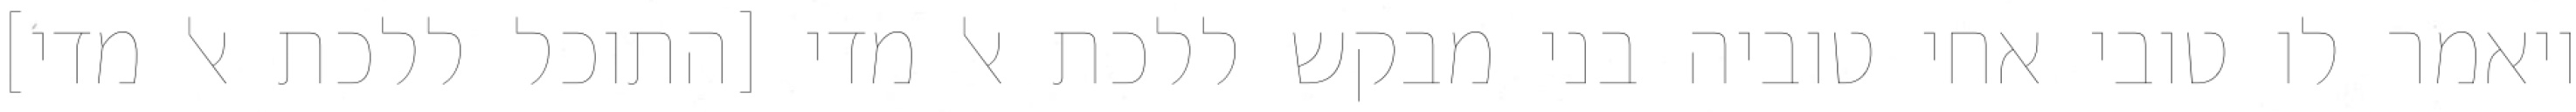
ויאמר לו טובי אחי טוביה בני מבקש ללכת אל מדי [התוכל ללכת אל מדי]